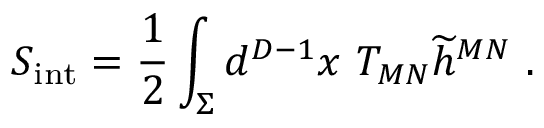
S _ { \mathrm { { \small i n t } } } = { \frac { 1 } { 2 } } \int _ { \Sigma } d ^ { D - 1 } x ~ T _ { M N } { \widetilde h } ^ { M N } ~ .